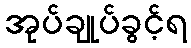
အုပ်ချုပ်ခွင့်ရ